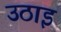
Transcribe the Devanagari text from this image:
उठाइ